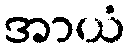
အာယံ